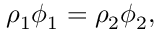
\rho _ { 1 } \phi _ { 1 } = \rho _ { 2 } \phi _ { 2 } ,